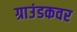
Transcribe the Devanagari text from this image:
ग्राउंडकवर